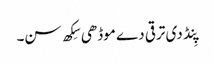
پِنڈ دی ترقی دے موڈھی سِکھ سن۔